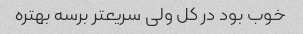
خوب بود در کل ولی سریعتر برسه بهتره